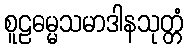
စူဠဓမ္မသမာဒါနသုတ္တံ